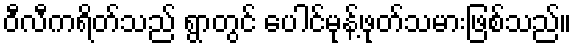
ဝီလီကရိတ်သည် ရွာတွင် ပေါင်မုန့်ဖုတ်သမားဖြစ်သည်။